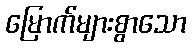
မြောက်များစွာသော